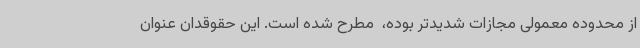
از محدوده معمولی مجازات شدیدتر بوده، ‌ مطرح شده است. این حقوقدان عنوان